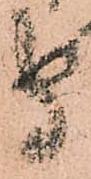
守